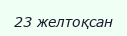
23 желтоқсан